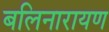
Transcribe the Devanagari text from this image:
बलिनारायण